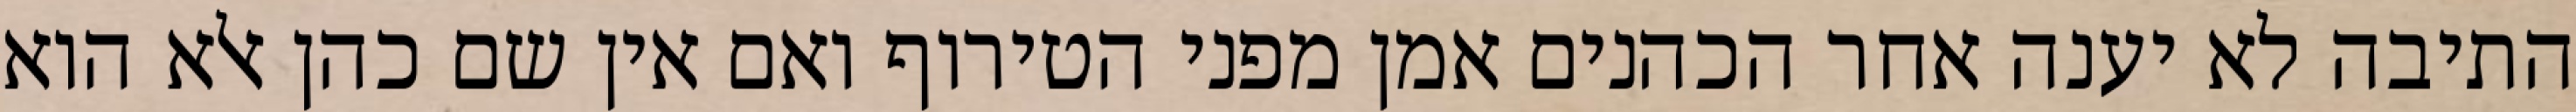
התיבה לא יענה אחר הכהנים אמן מפני הטירוף ואם אין שם כהן אלא הוא